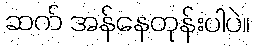
ဆက် အန်နေတုန်းပါပဲ။